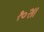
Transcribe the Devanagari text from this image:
१०२।।